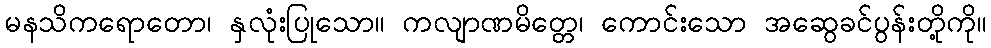
မနသိကရောတော၊ နှလုံးပြုသော။ ကလျာဏမိတ္တေ၊ ကောင်းသော အဆွေခင်ပွန်းတို့ကို။